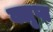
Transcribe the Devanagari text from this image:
क्लृप्त